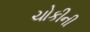
ચોકીની